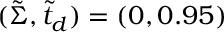
( \tilde { \Sigma } , \tilde { t } _ { d } ) = ( 0 , 0 . 9 5 )